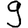
Digit: 9